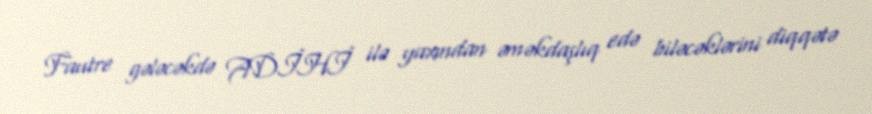
Fautre gələcəkdə ADİHİ ilə yaxından əməkdaşlıq edə biləcəklərini diqqətə